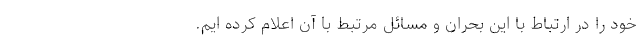
خود را در ارتباط با این بحران و مسائل مرتبط با آن اعلام کرده ایم.